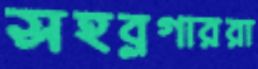
সহব্লগাররা